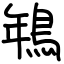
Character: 鵇